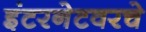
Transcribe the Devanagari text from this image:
इंटरनेटवरचे